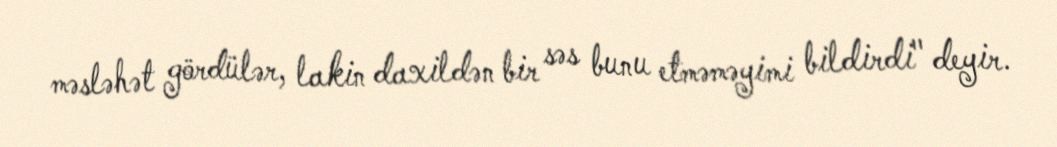
məsləhət gördülər, lakin daxildən bir səs bunu etməməyimi bildirdi" deyir.